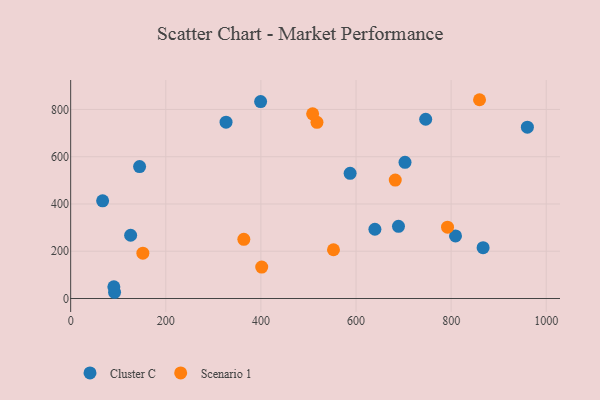
{"axis": {"x": "Engine Size", "y": "Yield"}, "legend": ["Cluster C", "Scenario 1"], "data": [{"x": "587.6", "y": 529.9, "type": "Cluster C"}, {"x": "639.7", "y": 293.2, "type": "Cluster C"}, {"x": "746.5", "y": 758.6, "type": "Cluster C"}, {"x": "144.9", "y": 558.5, "type": "Cluster C"}, {"x": "92.3", "y": 26.4, "type": "Cluster C"}, {"x": "703.0", "y": 576.4, "type": "Cluster C"}, {"x": "867.2", "y": 215.3, "type": "Cluster C"}, {"x": "126.1", "y": 267.7, "type": "Cluster C"}, {"x": "399.4", "y": 833.2, "type": "Cluster C"}, {"x": "326.7", "y": 746.2, "type": "Cluster C"}, {"x": "960.3", "y": 725.1, "type": "Cluster C"}, {"x": "809.2", "y": 264.8, "type": "Cluster C"}, {"x": "689.3", "y": 305.6, "type": "Cluster C"}, {"x": "90.8", "y": 49.5, "type": "Cluster C"}, {"x": "67.2", "y": 413.3, "type": "Cluster C"}, {"x": "682.5", "y": 501.0, "type": "Scenario 1"}, {"x": "151.8", "y": 192.0, "type": "Scenario 1"}, {"x": "517.9", "y": 745.6, "type": "Scenario 1"}, {"x": "859.7", "y": 841.2, "type": "Scenario 1"}, {"x": "364.1", "y": 250.4, "type": "Scenario 1"}, {"x": "508.8", "y": 781.5, "type": "Scenario 1"}, {"x": "552.6", "y": 206.3, "type": "Scenario 1"}, {"x": "792.4", "y": 302.0, "type": "Scenario 1"}, {"x": "401.7", "y": 132.9, "type": "Scenario 1"}]}